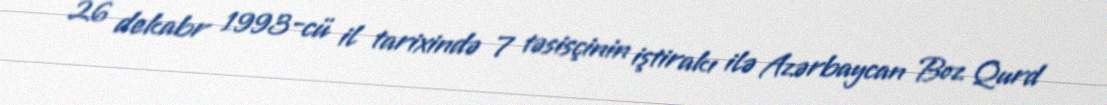
26 dekabr 1993-cü il tarixində 7 təsisçinin iştirakı ilə Azərbaycan Boz Qurd